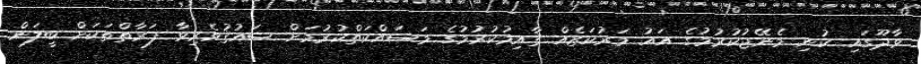
ވާދޫގައި ކުނި މެނޭޖުކުރުމުގެ އައު މަރުކަޒެއް ޤާއިމުކުރުމުގެ މަސައްކަތްކުރުމަށް ޝައުޤުވެރިވާ ފަރާތްތަކަށް ބީލަން